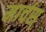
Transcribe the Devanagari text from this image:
मार्चस्